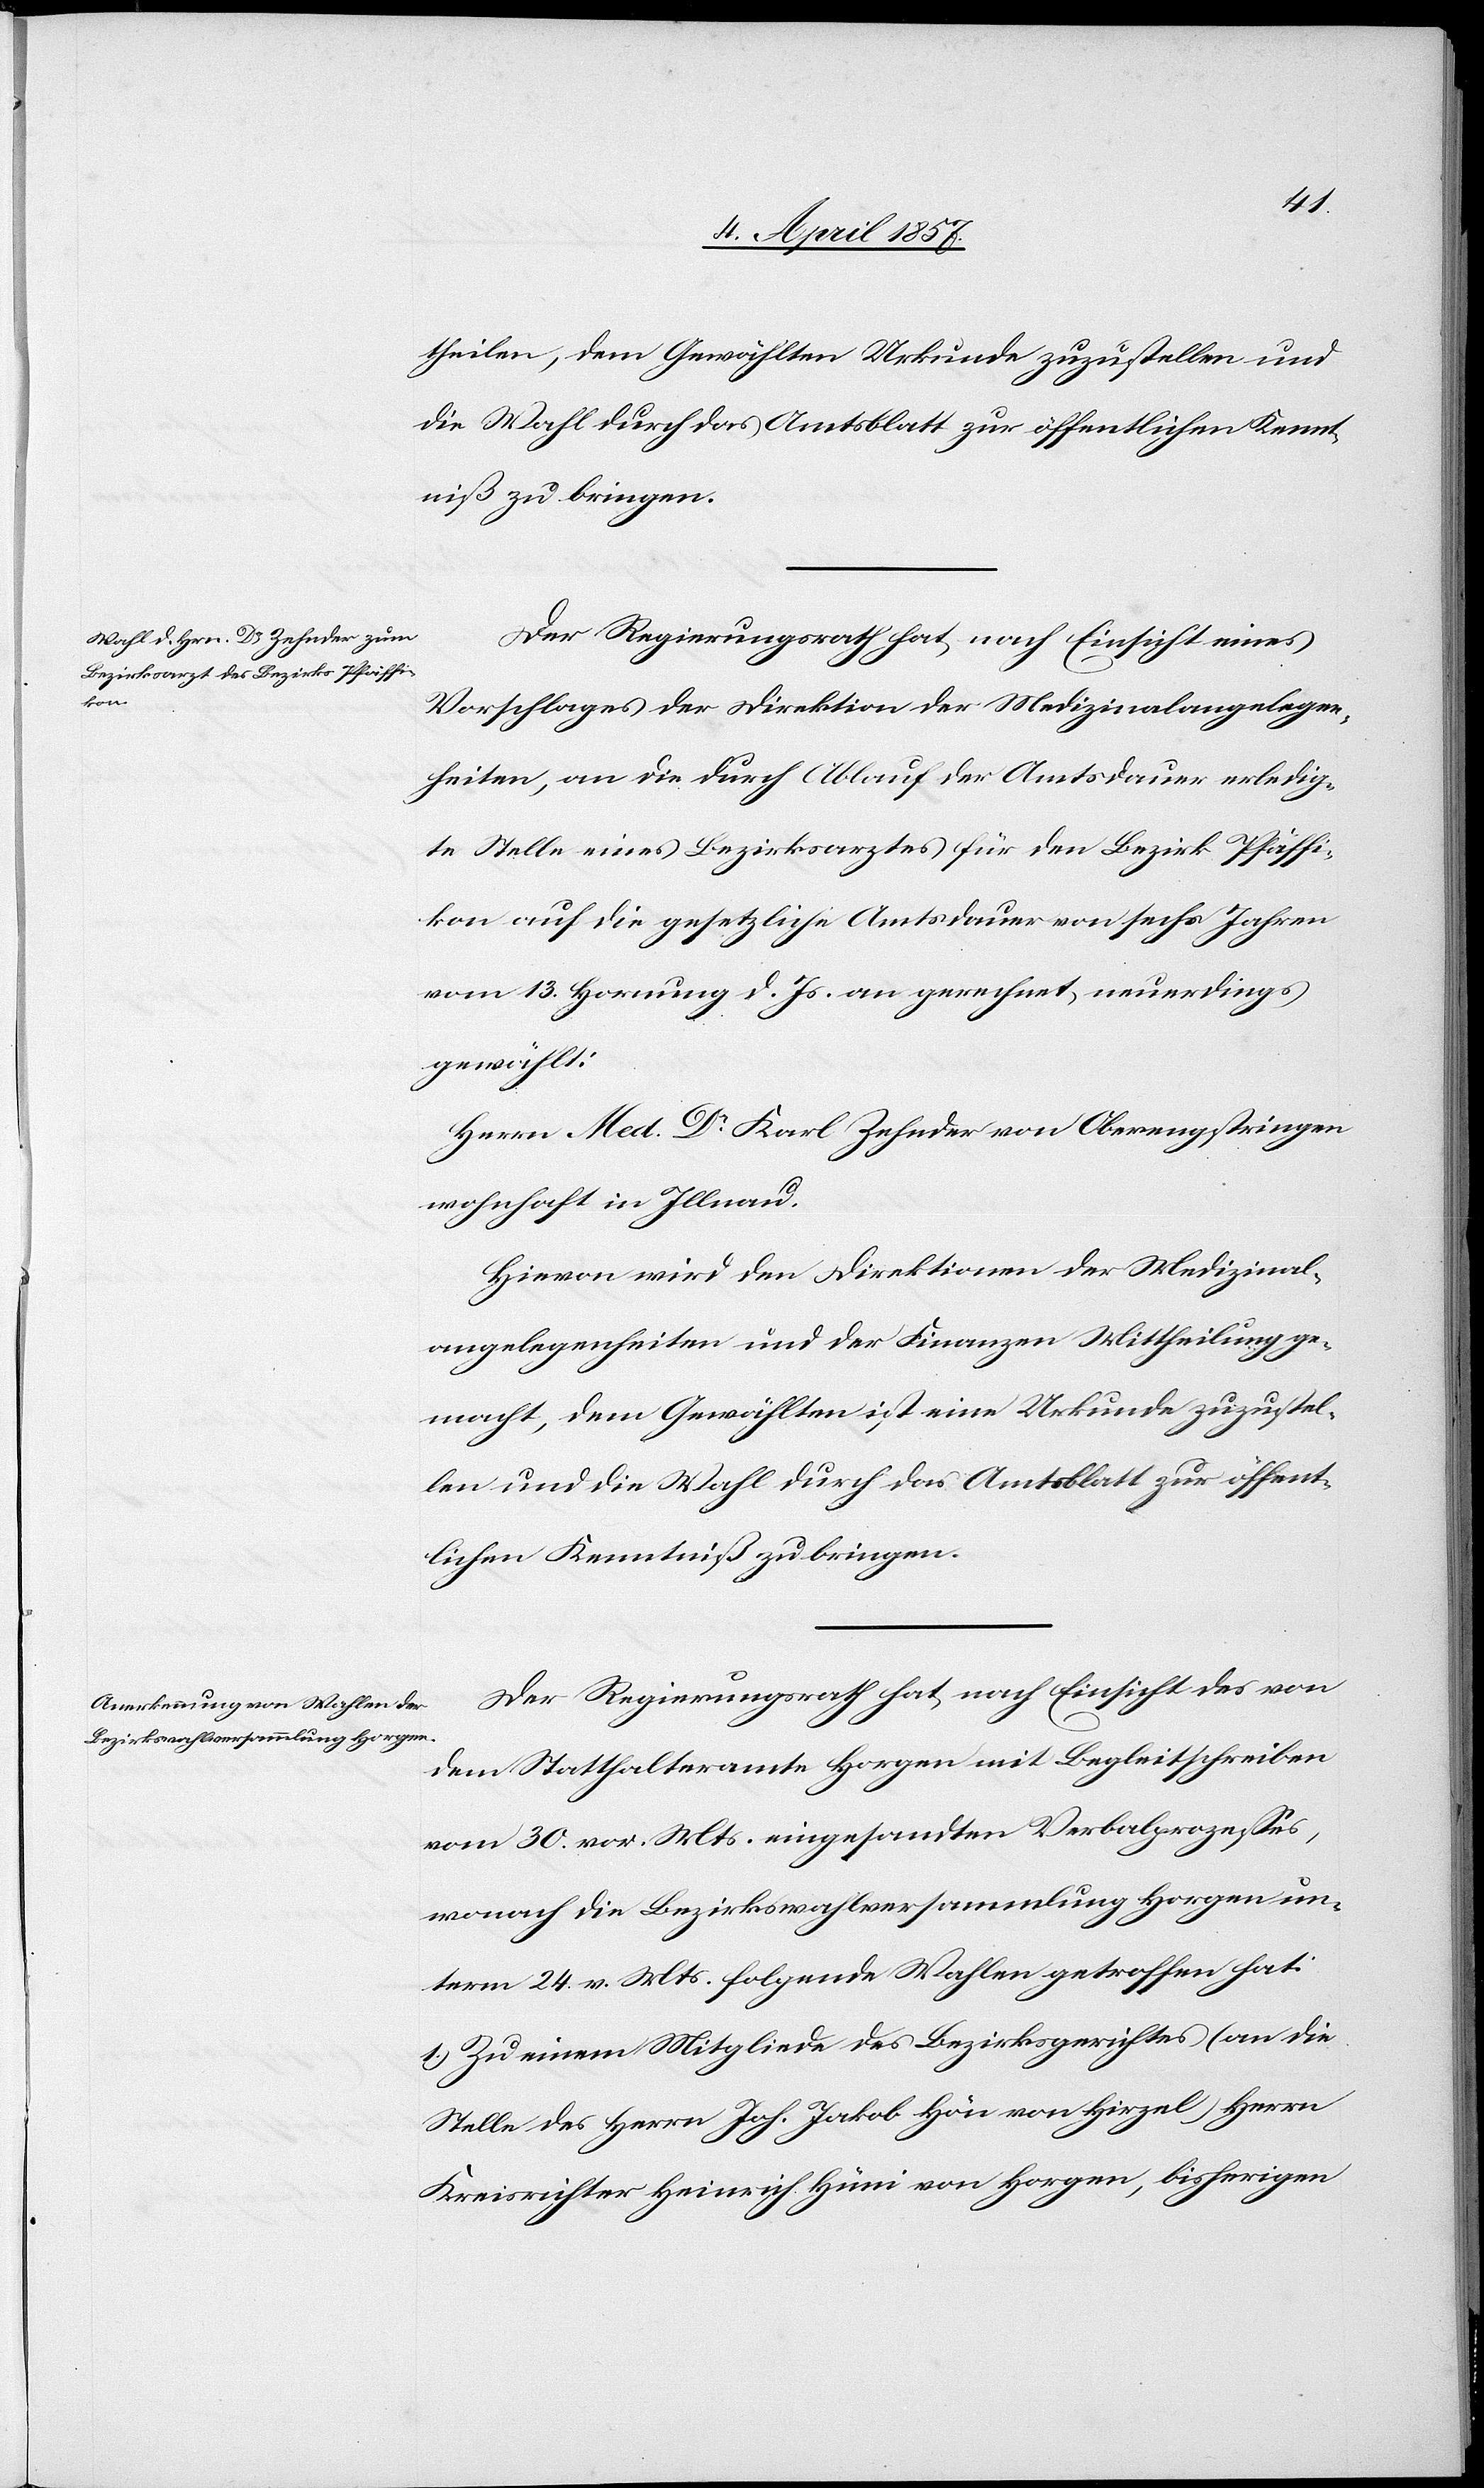
theilen, dem Gewählten Urkunde zuzustellen und
die Wahl durch das Amtsblatt zur öffentlichen Kennt¬
niß zu bringen.
Der Regierungsrath hat, nach Einsicht eines
Vorschlages der Direktion der Medizinalangelegen¬
heiten, an die durch Ablauf der Amtsdauer erledig¬
te Stelle eines Bezirksarztes für den Bezirk Pfäffi¬
kon auf die gesetzliche Amtsdauer von sechs Jahren
vom 13. Hornung d. Js. an gerechnet neuerdings
gewählt:
Herrn Med. Dr Karl Zehnder von Oberengstringen
wohnhaft in Illnau.
Hievon wird den Direktionen der Medizinal¬
angelegenheiten und der Finanzen Mittheilung ge¬
macht, dem Gewählten ist eine Urkunde zuzustel¬
len und die Wahl durch das Amtsblatt zur öffent¬
lichen Kenntniß zu bringen.
Der Regierungsrath hat nach Einsicht des von
dem Statthalteramte Horgen mit Begleitschreiben
vom 30. vor. Mts. eingesandten Verbalprozesses,
wonach die Bezirkswahlversammlung Horgen un¬
term 24. v. Mts. folgende Wahlen getroffen hat:
1.) Zu einem Mitgliede des Bezirksgerichtes (an die
Stelle des Herrn Joh. Jakob Hön von Hirzel) Herrn
Kreisrichter Heinrich Hüni von Horgen, bisherigen